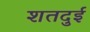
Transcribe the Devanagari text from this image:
शतदुई